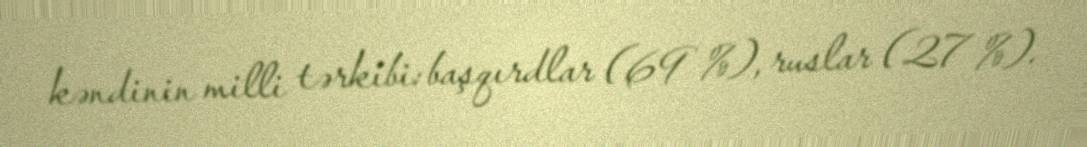
kəndinin milli tərkibi: başqırdlar (69 %), ruslar (27 %).